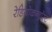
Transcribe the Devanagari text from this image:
रेडियोकन्ट्रॉस्ट